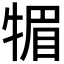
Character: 𤚤